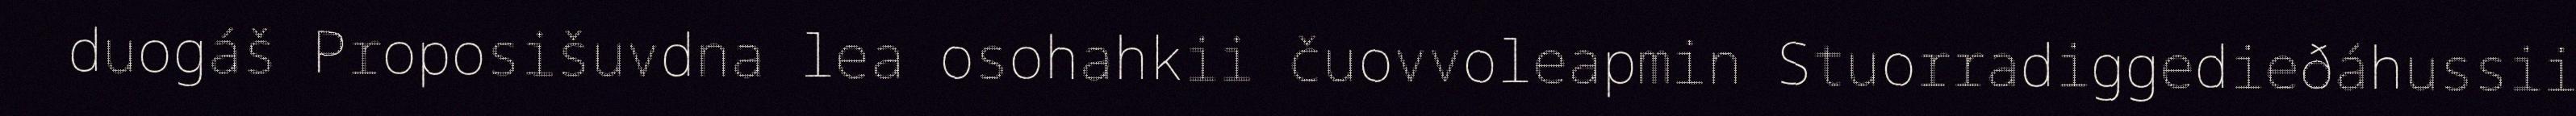
duogáš Proposišuvdna lea osohahkii čuovvoleapmin Stuorradiggedieðáhussii